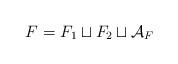
LaTeX: \begin{align*}F = F_1 \sqcup F_2 \sqcup \mathcal{A}_F\end{align*}